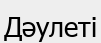
Дәулеті